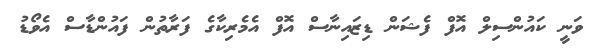
ވަނީ ކައުންސިލް އޮފް ފެޝަން ޑިޒައިނާސް އޮފް އެމެރިކާގެ ފަރާތުން ފައުންޑާސް އެވޯޑު